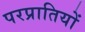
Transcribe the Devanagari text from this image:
परप्रातियों